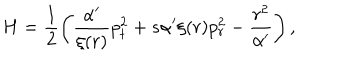
H = \frac { 1 } { 2 } \left( \frac { \alpha ^ { \prime } } { \xi ( r ) } p _ { t } ^ { 2 } + s \alpha ^ { \prime } \xi ( r ) p _ { r } ^ { 2 } - \frac { r ^ { 2 } } { \alpha ^ { \prime } } \right) ,